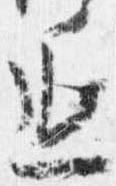
延